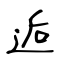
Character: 逅